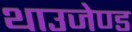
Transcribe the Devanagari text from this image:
थाउजेण्ड